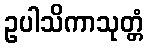
ဥပါသိကာသုတ္တံ